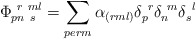
\begin{align*}\Phi _{pn~s}^{~r~ml}= \sum _{perm}\alpha_{(rml)}\delta_{p}^{~r}\delta_{n}^{~m} \delta_{s}^{~l} \end{align*}